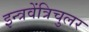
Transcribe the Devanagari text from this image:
इन्त्रवेंत्रिचुलर